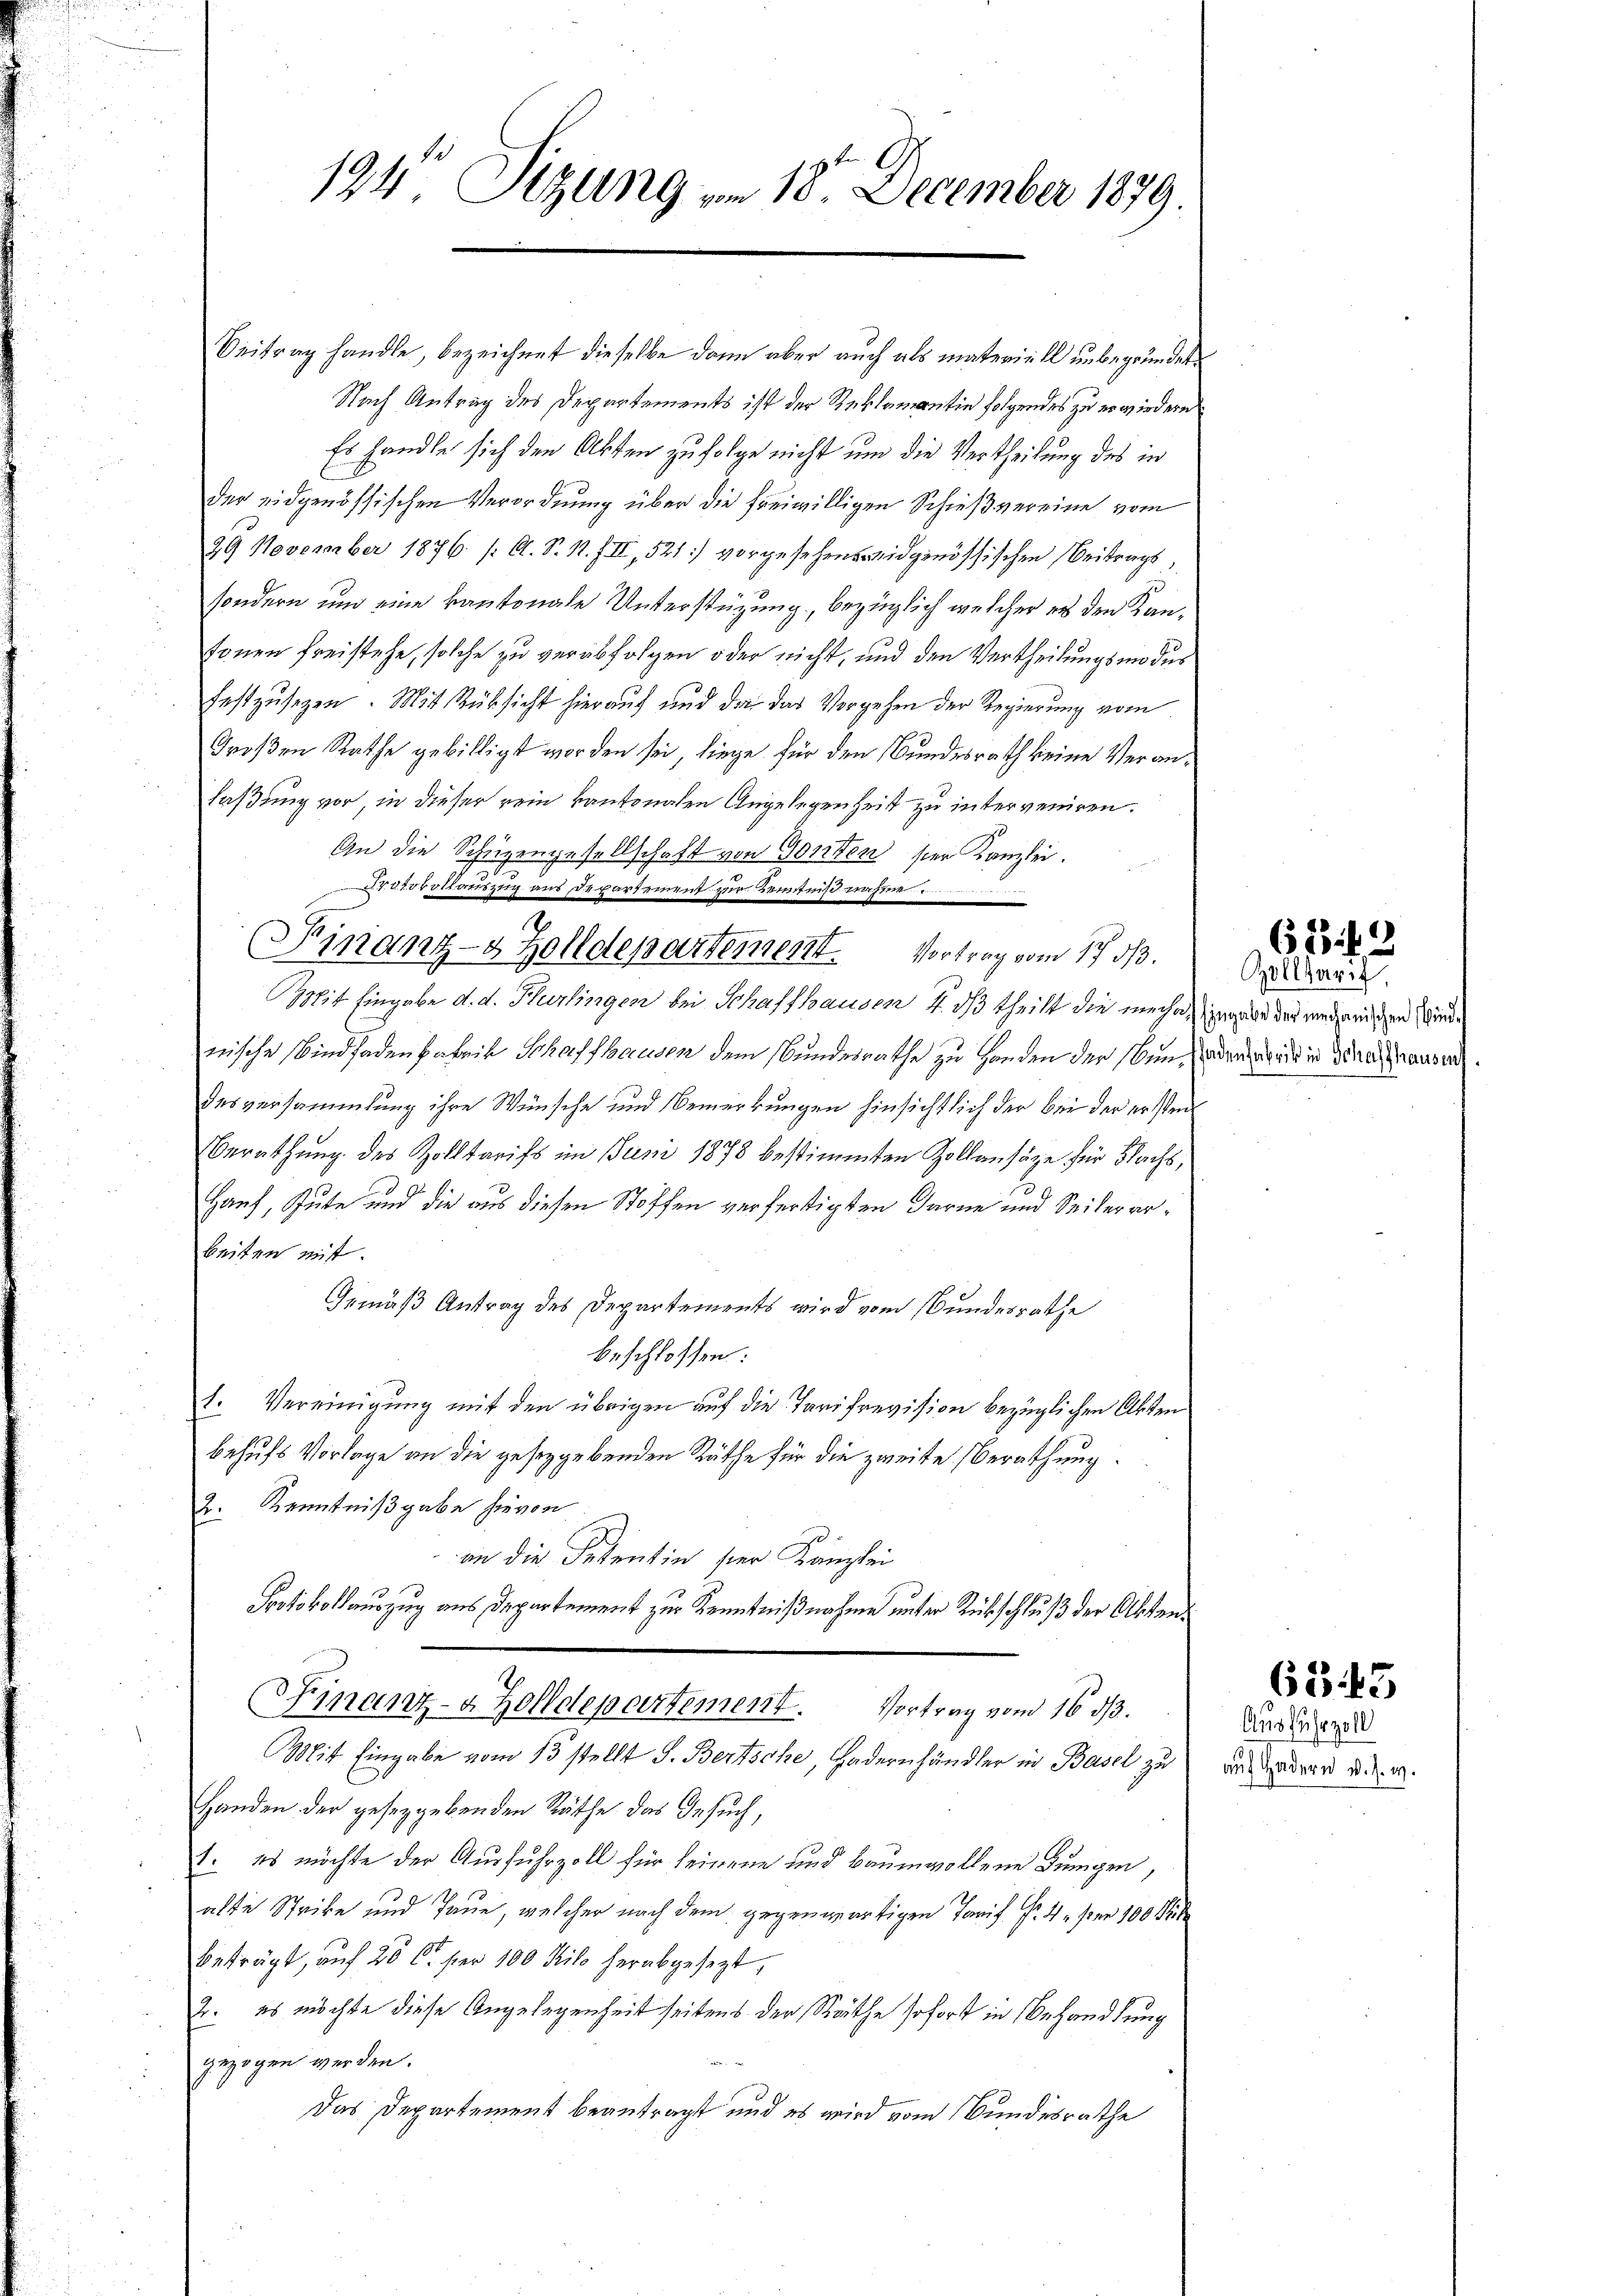
194 Sizung vom 18. December 1879.

Beitrag handle, bezeichnet dieselbe dann aber auch als materiell unbegründet.
Nach Antrag des Departements ist der Reklamantin folgendes zu erwiedern
Es handle sich den Akten zufolge nicht um die Vertheilung des in
der eidgenössischen Verordnung über die freiwilligen Schießvereine vom
29 November 1876. /: A. S. 1. III, 521] vorgesehensweidgenössischen Beitrags,
sondern und eine kantonale Unterstüzung, bezüglich welcher es den Kansonen freistehe, solche zu verabfolgen oder nicht, und den Vertheilungsmodus
festzusetzen. Mit Rüksicht hierauf und die das Vorgehen der Regierung vom
Großen Rathe gebilligt worden sei, liege für den Bundesrath keine Veranlaßung vor, in dieser rein kantonalen Angelegenheit zu interveniren.
An die Schüzengesellschaft von Gonten ser Kanzlei.
2040 auszug aus Departement zur Kenntniß währe
Finanz-4 Zolldepartement. Vortrag vom 17. d.
Mit Eingabe d. d. Kursingen bei Schaffhausen 4. dβ theilt die meche, zugabe der mechanischen Windwische Bindfadenfabrik Schaffhausen dem Bundesrathe zu Handen der senden und in deneranseh
desversammlung ihre Wünsche und Bemerkungen hinsichtlich der bei der ersten
Berathung des Zolltarifs im Juni 1878 bestimmten Zollansäze für Nachs,
Haus, Gute und die aus diesen Stoffen verfertigten Darne und Seitererbeiten mit.
Gemäß Antrag des Departements wird vom Bundesrathe
beschlossen:
1. Vereinigung mit den übrigen auf die Tarifrevision bezüglichen Akten
behufs Vorlage an die gesetzgebenden Räthe für die zweite Berathung.
2. Kenntnißgabe hievon
an die Petentin hier Kanzlei
Protokollauszug aus Departement zur Kenntnißnahme unter Rückschluß der Akten¬
Finanz-a Zolldepartement. Vortrag vom 16. dβ.
Mit Eingabe vom 15 stellt S. Bertsche, odernhändler in Basel zu
Handen der gesetzgebenden Räthe das Gesuch,
1. es möchte der Ausfuhrzoll für seinen und bauenwollene Lungen,
alte Strike und Taue, welcher nach dem gegenwärtigen Tarif Fr. 4. per 100 f
beträgt, auf 20 Ct. per 100 Kilo herabgesezt,
2. es möchte diese Angelegenheit seitens der Räthe sofort in Behandlung
gezogen werden.
Das Departement beantragt, und es wird vom Bundesrathe

623 f 0

Zollseit

6345

Ausfuhrzoll
auf Hadern v. J. w.